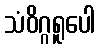
သံဝိဂ္ဂရူပေါ